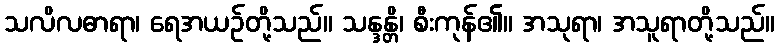
သလိလဓာရာ၊ ရေအယဉ်တို့သည်။ သန္ဒန္တိ၊ စီးကုန်၏။ အသုရာ၊ အသူရာတို့သည်။